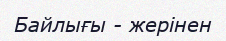
Байлығы - жерінен